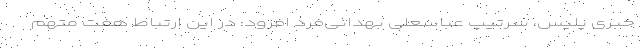
خبری پلیس، سرتیپ عباسعلی بهدانی‌فرد افزود: در این ارتباط هفت متهم